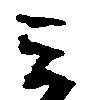
ミ